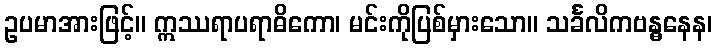
ဥပမာအားဖြင့်။ ဣဿရာပရာဓိကော၊ မင်းကိုပြစ်မှားသော။ သင်္ခလိကဗန္ဓနေန၊